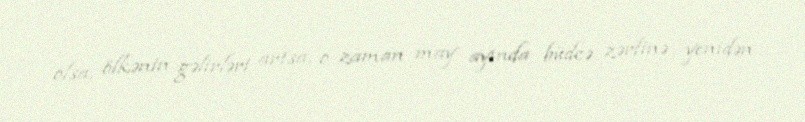
olsa, ölkənin gəlirləri artsa, o zaman may ayında büdcə zərfinə yenidən